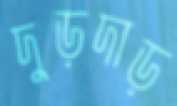
দুড়দাড়